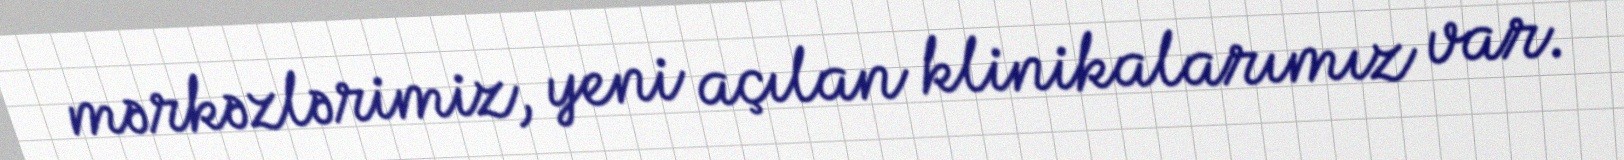
mərkəzlərimiz, yeni açılan klinikalarımız var.